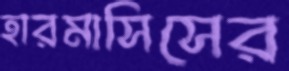
হারমাসিসের